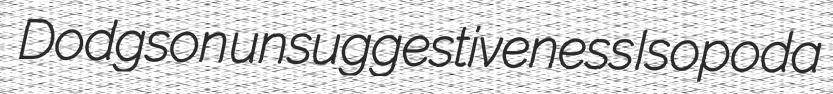
Dodgson unsuggestiveness Isopoda